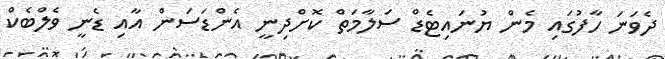
ދެވަނަ ހާފުގައި މެން ޔުނައިޓެޑް ސަލާމަތް ކޮށްދިނީ އެންޑަސަން އާއި ޑެނީ ވެލްބެކް